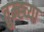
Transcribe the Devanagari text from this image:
तुम्ह्च्या